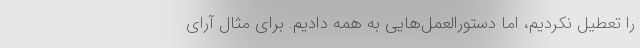
را تعطیل نکردیم، اما دستورالعمل‌هایی به همه دادیم. برای مثال آرای